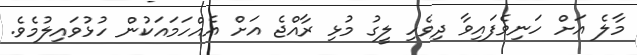
މާލެ އަށް ހަނިވެފައިވާ ދިވެހި ލީގު މުޅި ރާއްޖެ އަށް އެއްހަމައަކުން ހުޅުވައިލުމެވެ.